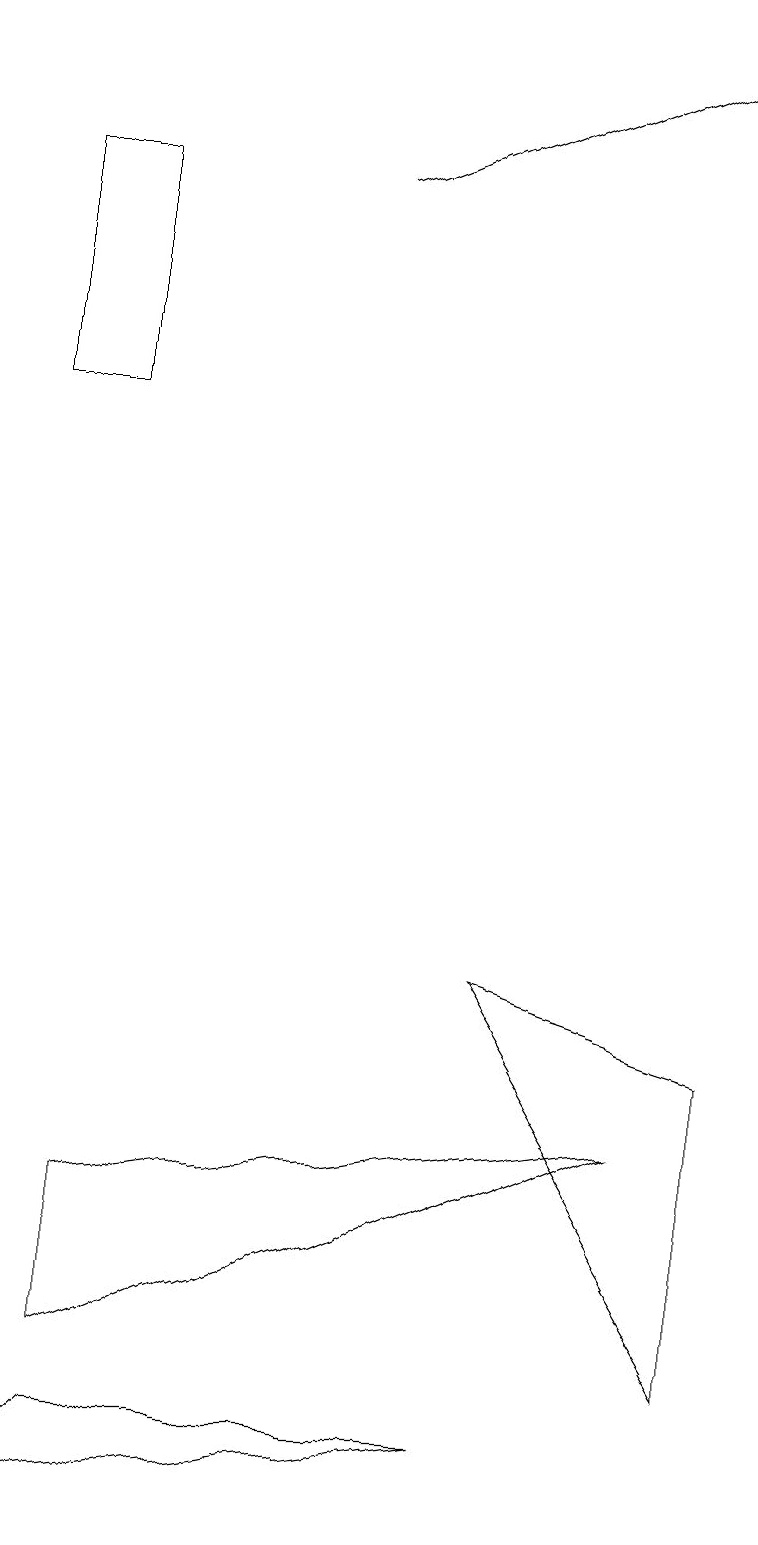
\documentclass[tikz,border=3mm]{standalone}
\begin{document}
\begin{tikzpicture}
\draw[->] (4,17) -- (9,19);
\draw (8,5) -- (1,2) -- (1,4) -- cycle;
\draw (9,2) -- (9,6) -- (6,7) -- cycle;
\draw (0,0) -- (6,1) -- (1,1) -- cycle;
\draw (0,17) rectangle (1,14);
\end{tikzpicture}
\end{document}